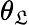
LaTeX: \theta_{\mathfrak{L}}